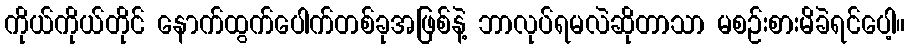
ကိုယ်ကိုယ်တိုင် နောက်ထွက်ပေါက်တစ်ခုအဖြစ်နဲ့ ဘာလုပ်ရမလဲဆိုတာသာ မစဉ်းစားမိခဲရင်ပေါ့။